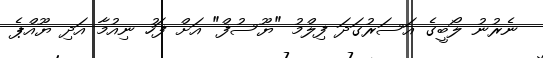
ނެރުނު ލޯބީގެ އަސަރުގަދަ ފިލްމު "ޔޫސުފް" އަށް ފަހު ނިއުމާ އަދި ޔޫއްޕެ